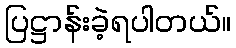
ပြဋ္ဌာန်းခဲ့ရပါတယ်။